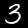
Label: 3